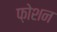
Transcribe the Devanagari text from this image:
फ़ोशन